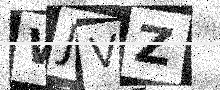
Text: WJVZ